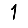
Digit: 1